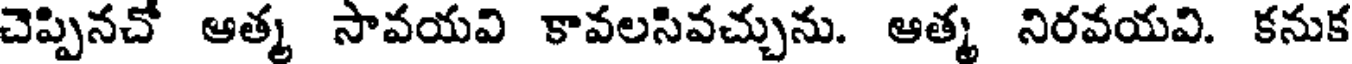
చెప్పినచో ఆత్మ సావయవి కావలసివచ్చును. ఆత్మ నిరవయవి. కనుక